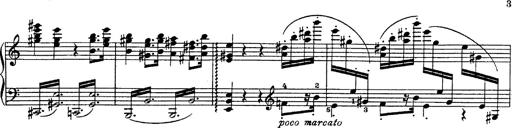
Title: Fantasie Ã¼ber Themen aus Mozarts Figaro und Don Giovanni
Composer: Franz Liszt